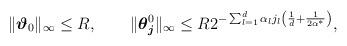
LaTeX: \begin{align*}\|\boldsymbol{\vartheta}_0\|_\infty\leq R,\qquad\|\boldsymbol{\theta}_{\boldsymbol{j}}^0\|_\infty\leq R2^{-\sum_{l=1}^d\alpha_lj_l\left(\frac{1}{d}+\frac{1}{2\alpha^{*}}\right)},\end{align*}